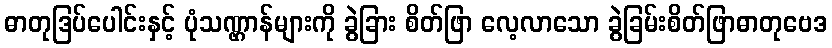
ဓာတုဒြပ်ပေါင်းနှင့် ပုံသဏ္ဌာန်များကို ခွဲခြား စိတ်ဖြာ လေ့လာသော ခွဲခြမ်းစိတ်ဖြာဓာတုဗေဒ